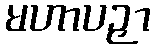
မဟာပဉှာ